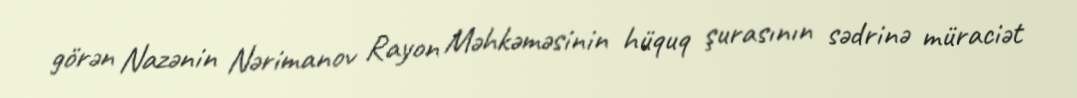
görən Nazənin Nərimanov Rayon Məhkəməsinin hüquq şurasının sədrinə müraciət